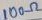
Text: 100Ω